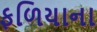
ફળિયાના